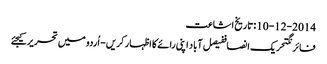
10-12-2014 :تاریخ اشاعت
فائرنگتحریک انصاففیصل آباد اپنی رائے کا اظہار کریں - اُردو میں تحریر کیجئے